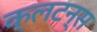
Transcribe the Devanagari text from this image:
क्लटन्स